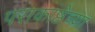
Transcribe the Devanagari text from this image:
पराकाष्ठेच्या